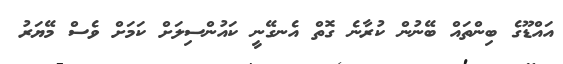
އައްޑޫގެ ބިންތައް ބޭނުން ކުރާނެ ގޮތް އެނގޭނީ ކައުންސިލަށް ކަމަށް ވެސް މޭޔަރު